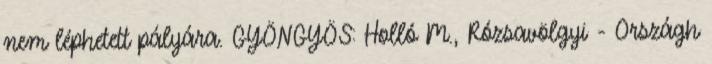
nem léphetett pályára. GYÖNGYÖS: Holló M., Rózsavölgyi - Országh